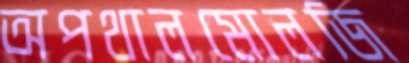
অপথালমোলজি